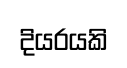
දියරයකි